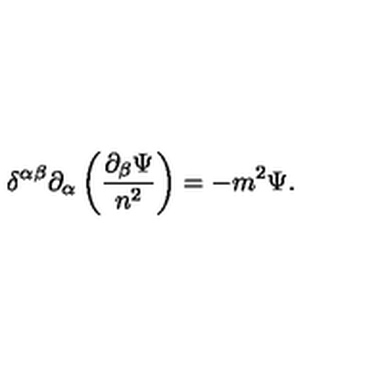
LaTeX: \delta ^ { \alpha \beta } \partial _ { \alpha } \left( \frac { \partial _ { \beta } \Psi } { n ^ { 2 } } \right) = - m ^ { 2 } \Psi .